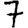
Digit: 7